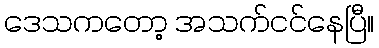
ဒေသကတော့ အသက်ငင်နေပြီ။